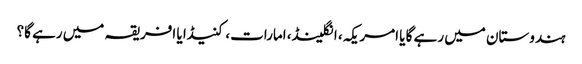
ہندوستان میں رہے گا یا امریکہ، انگلینڈ، امارات، کنیڈا یا افریقہ میں رہے گا؟